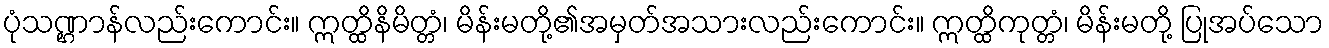
ပုံသဏ္ဌာန်လည်းကောင်း။ ဣတ္ထိနိမိတ္တံ၊ မိန်းမတို့၏အမှတ်အသားလည်းကောင်း။ ဣတ္ထိကုတ္တံ၊ မိန်းမတို့ ပြုအပ်သော